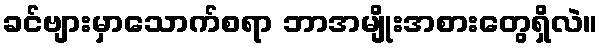
ခင်ဗျားမှာသောက်စရာ ဘာအမျိုးအစားတွေရှိလဲ။